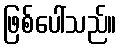
ဖြစ်ပေါ်သည်။